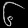
Digit: ၆